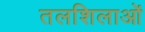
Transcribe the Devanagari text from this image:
तलशिलाओं